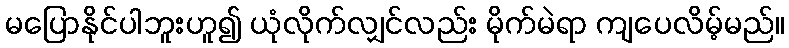
မပြောနိုင်ပါဘူးဟူ၍ ယုံလိုက်လျှင်လည်း မိုက်မဲရာ ကျပေလိမ့်မည်။